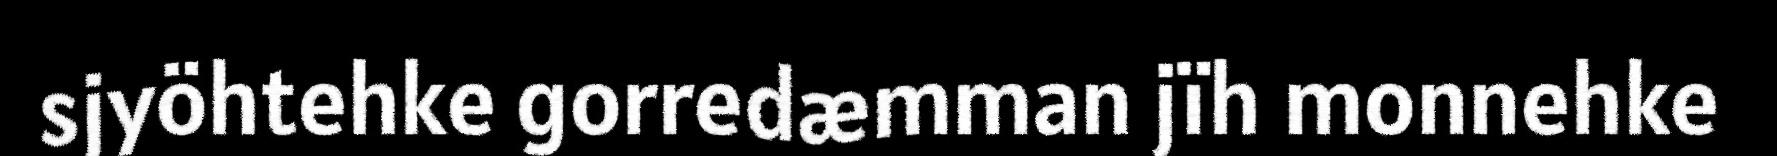
sjyöhtehke gorredæmman jïh monnehke